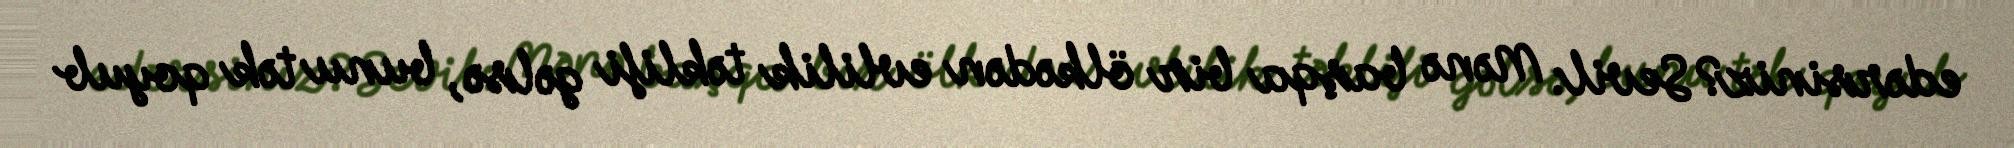
edərsiniz?Sevil: Mənə başqa bir ölkədən evlilik təklifi gəlsə, bunu tək qoyub